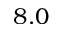
8 . 0